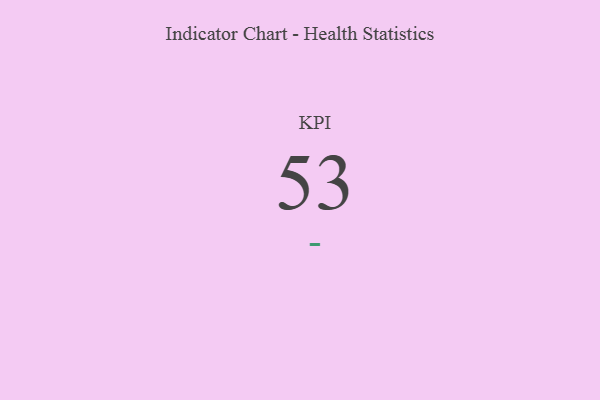
{"axis": {"x": "KPI", "y": "Value"}, "legend": [""], "data": [{"x": "KPI", "y": 53, "type": ""}]}